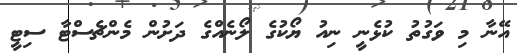
އޭނާ މި ވަގުތު ކުޅެނީ ނިއު ޔޯކުގެ ލޯނެއްގެ ދަށުން މެންޗެސްޓާ ސިޓީ